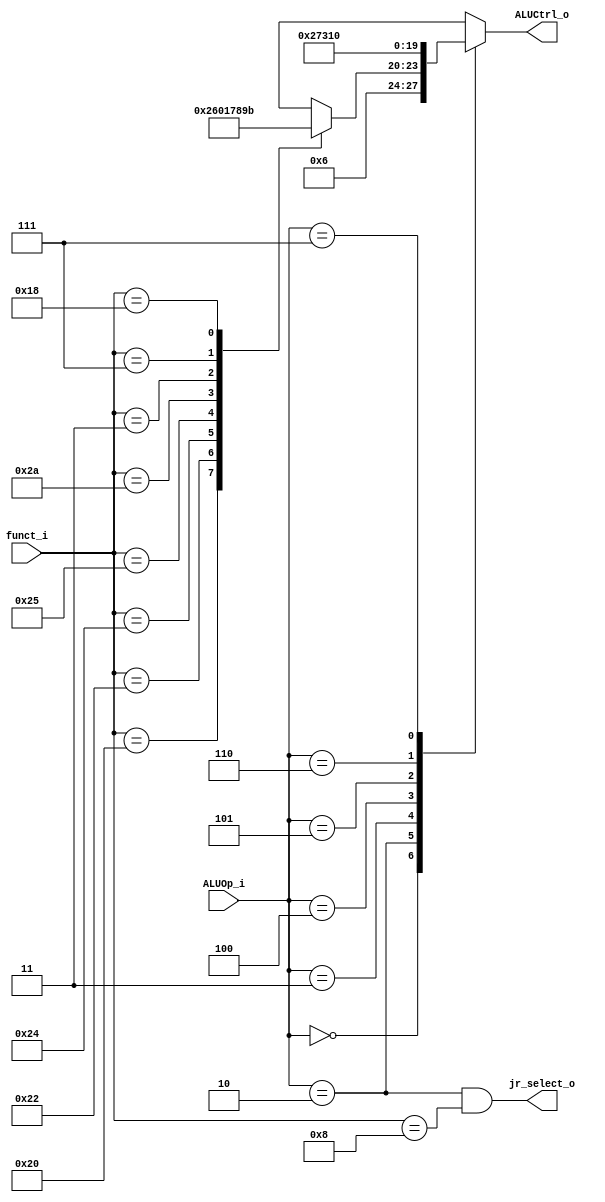
//Subject:     CO project 2 - ALU Controller
//--------------------------------------------------------------------------------
//Version:     1
//--------------------------------------------------------------------------------
//Writer:
//----------------------------------------------
//Date:
//----------------------------------------------
//Description:
//--------------------------------------------------------------------------------

module ALU_Ctrl(
          funct_i,
          ALUOp_i,
          ALUCtrl_o,
			 jr_select_o
          );

//I/O ports
input      [6-1:0] funct_i;
input      [4-1:0] ALUOp_i;

output     [4-1:0] ALUCtrl_o;
output      jr_select_o;       
//Internal Signals
reg        [4-1:0] ALUCtrl_o;

assign jr_select_o = (ALUOp_i == 4'b0010 && funct_i==6'b001000);

//Parameter

// ALUOp_i
// 4'b000 -> bne
// 4'b001 -> beq                                     
// 4'b010 -> R-Type
// 4'b011 -> addi
// 4'b100 -> sltiu
// 4'b101 -> lui
// 4'b110 -> ori
// 4'b111 -> andi

// ALUCtrl_o
// 4'bxxxx default case

//Select exact operation
always @ (*) begin
  case (ALUOp_i)
    4'b0000: ALUCtrl_o = 4'b0110;
    4'b0010: begin
      case (funct_i)
          6'b100000: ALUCtrl_o = 4'b0010;
          6'b100010: ALUCtrl_o = 4'b0110;
          6'b100100: ALUCtrl_o = 4'b0000;
          6'b100101: ALUCtrl_o = 4'b0001;
          6'b101010: ALUCtrl_o = 4'b0111;
          6'b000011: ALUCtrl_o = 4'b1000; // SRA
          6'b000111: ALUCtrl_o = 4'b1001; // SRAV
			 6'b011000: ALUCtrl_o = 4'b1011; // mul
          default:   ALUCtrl_o = 4'bxxxx;
      endcase
    end
    4'b0011: ALUCtrl_o = 4'b0010;
    4'b0100: ALUCtrl_o = 4'b0111;
	4'b0101: ALUCtrl_o = 4'b0011;
    4'b0110: ALUCtrl_o = 4'b0001;
    4'b0111: ALUCtrl_o = 4'b0000;
    default: ALUCtrl_o = 4'bxxxx;
  endcase
end

endmodule